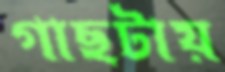
গাছটায়